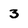
Character: 3